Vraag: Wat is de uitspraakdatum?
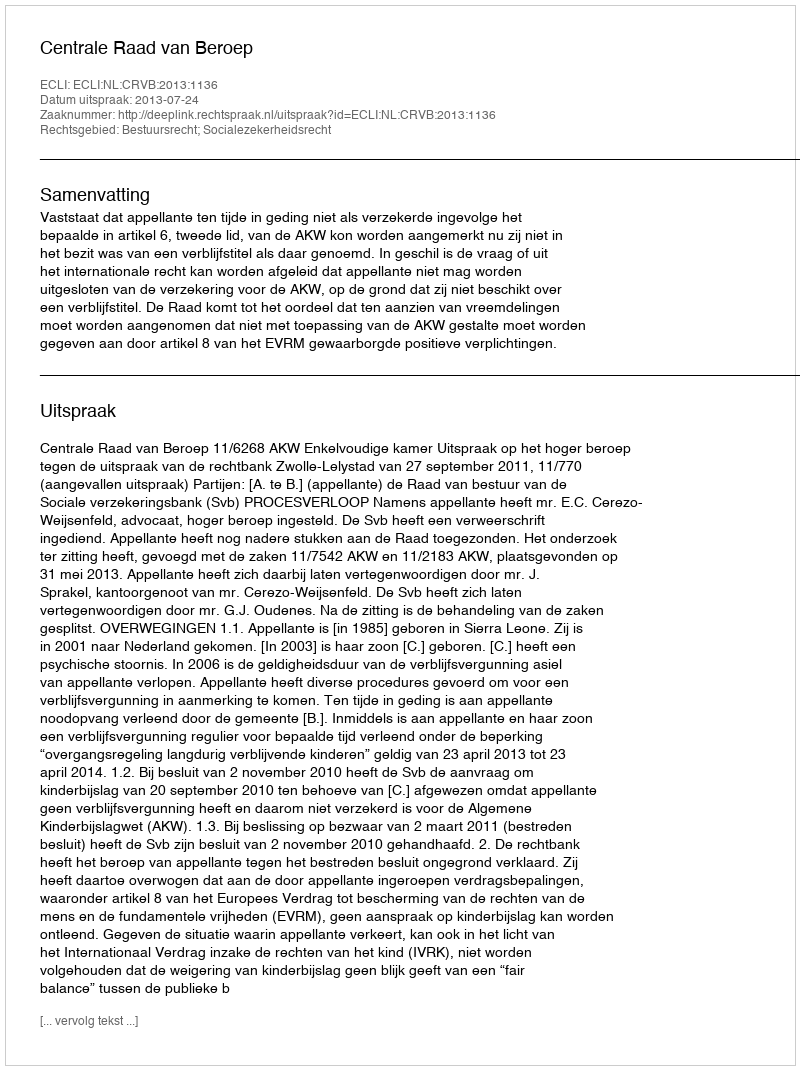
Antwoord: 2013-07-24